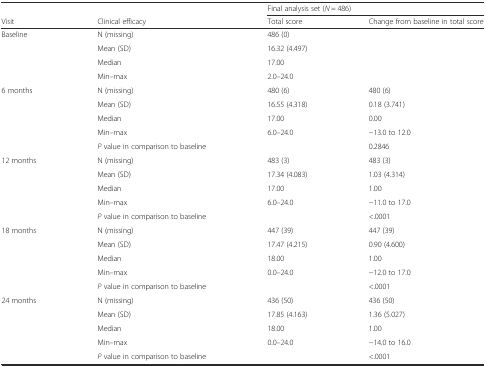
|  |  | <COLSPAN=2> Final analysis set (N = 486) |
 | Visit | Clinical efficacy | Total score | Change from baseline in total score |
 | --- | --- | --- | --- |
 | Baseline | N (missing) | 486 (0) |  |
 |  | Mean (SD) | 16.32 (4.497) |  |
 |  | Median | 17.00 |  |
 |  | Min–max | 2.0–24.0 |  |
 | 6 months | N (missing) | 480 (6) | 480 (6) |
 |  | Mean (SD) | 16.55 (4.318) | 0.18 (3.741) |
 |  | Median | 17.00 | 0.00 |
 |  | Min–max | 6.0–24.0 | −13.0 to 12.0 |
 |  | P value in comparison to baseline |  | 0.2846 |
 | 12 months | N (missing) | 483 (3) | 483 (3) |
 |  | Mean (SD) | 17.34 (4.083) | 1.03 (4.314) |
 |  | Median | 17.00 | 1.00 |
 |  | Min–max | 6.0–24.0 | −11.0 to 17.0 |
 |  | P value in comparison to baseline |  | <.0001 |
 | 18 months | N (missing) | 447 (39) | 447 (39) |
 |  | Mean (SD) | 17.47 (4.215) | 0.90 (4.600) |
 |  | Median | 18.00 | 1.00 |
 |  | Min–max | 0.0–24.0 | −12.0 to 17.0 |
 |  | P value in comparison to baseline |  | <.0001 |
 | 24 months | N (missing) | 436 (50) | 436 (50) |
 |  | Mean (SD) | 17.85 (4.163) | 1.36 (5.027) |
 |  | Median | 18.00 | 1.00 |
 |  | Min–max | 0.0–24.0 | −14.0 to 16.0 |
 |  | P value in comparison to baseline |  | <.0001 |